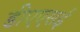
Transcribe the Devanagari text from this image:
डीएएसई